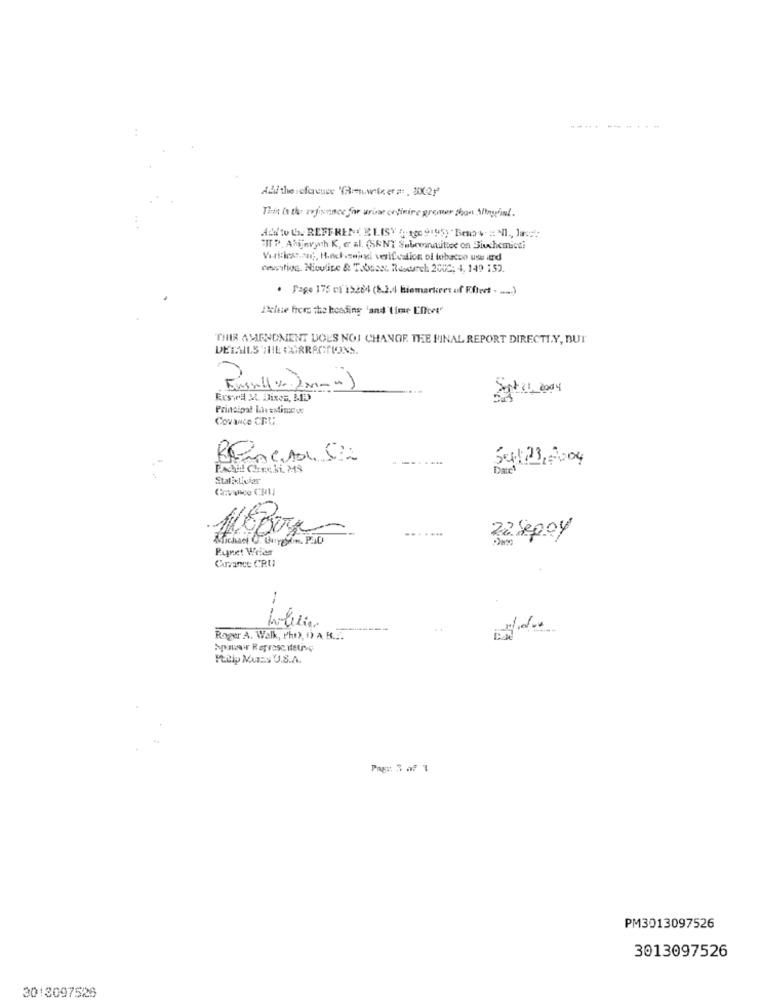
---- ----
This is the refinance for urias crimine premer chant illegal.
Add to the REFERENCELIST " 100 9195) Brno+= "Il ., la ::
"IT P. Alijnvych K, e al. (SENT S.bownuittee on Biuchemicti
centive Niewine & Thboas: Reserch 2000: 4, 149 :52.
. Page 175 cl 15284 (8.2.4 Biemarkers af Kftect . .... )
Delete froms the heading 'and 'time Effort"
THIR AMENDMENT DOES NOT CHANGE. THE FINAL REPORT DIRECTLY, BUT"
DETAILS THE CARRACTIONS.
Principal lovesting ws
Covance CRU
501:23,2004
P.Achild Checki. MS
Dates
Stali Livier
Michael U. Guyedin. PAD
22 Sepoy
Puppet Writer
Cuvance CRUI
--
Roger A. Walk, Pho), f) A. R.E.
Ptilly MuEs U.S.A.
Page 3 of 1
PM3013097526
3013097526
3013097526